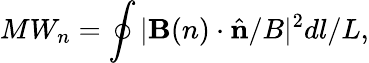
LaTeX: MW_{n}=\oint|{\mathbf B}(n)\cdot\hat{\mathbf n}/B|^{2}dl/L,